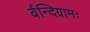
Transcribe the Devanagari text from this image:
र्वन्दिग्रामः